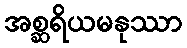
အစ္ဆရိယမနုဿာ